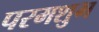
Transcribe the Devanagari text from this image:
परमशुभ